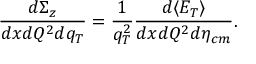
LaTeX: \frac { d \Sigma _ { z } } { d x d Q ^ { 2 } d q _ { T } } = \frac { 1 } { q _ { T } ^ { 2 } } \frac { d \langle E _ { T } \rangle } { d x d Q ^ { 2 } d \eta _ { c m } } .